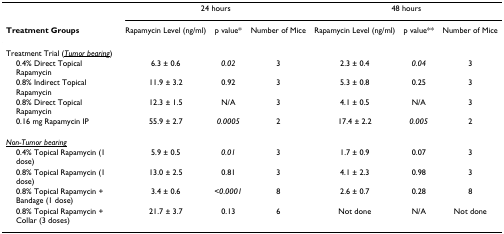
|  | <COLSPAN=3> 24 hours | <COLSPAN=3> 48 hours |
 | Treatment Groups | Rapamycin Level (ng/ml) | p value* | Number of Mice | Rapamycin Level (ng/ml) | p value** | Number of Mice |
 | --- | --- | --- | --- | --- | --- | --- |
 | Treatment Trial (<underline>Tumor bearing</underline>) |  |  |  |  |  |  |
 | 0.4% Direct Topical Rapamycin | 6.3 ± 0.6 | 0.02 | 3 | 2.3 ± 0.4 | 0.04 | 3 |
 | 0.8% Indirect Topical Rapamycin | 11.9 ± 3.2 | 0.92 | 3 | 5.3 ± 0.8 | 0.25 | 3 |
 | 0.8% Direct Topical Rapamycin | 12.3 ± 1.5 | N/A | 3 | 4.1 ± 0.5 | N/A | 3 |
 | 0.16 mg Rapamycin IP | 55.9 ± 2.7 | 0.0005 | 2 | 17.4 ± 2.2 | 0.005 | 2 |
 | <underline>Non-Tumor bearing</underline> |  |  |  |  |  |  |
 | 0.4% Topical Rapamycin (1 dose) | 5.9 ± 0.5 | 0.01 | 3 | 1.7 ± 0.9 | 0.07 | 3 |
 | 0.8% Topical Rapamycin (1 dose) | 13.0 ± 2.5 | 0.81 | 3 | 4.1 ± 2.3 | 0.98 | 3 |
 | 0.8% Topical Rapamycin + Bandage (1 dose) | 3.4 ± 0.6 | <0.0001 | 8 | 2.6 ± 0.7 | 0.28 | 8 |
 | 0.8% Topical Rapamycin + Collar (3 doses) | 21.7 ± 3.7 | 0.13 | 6 | Not done | N/A | Not done |